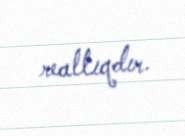
reallıqdır.